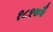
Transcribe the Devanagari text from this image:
१८१७ई